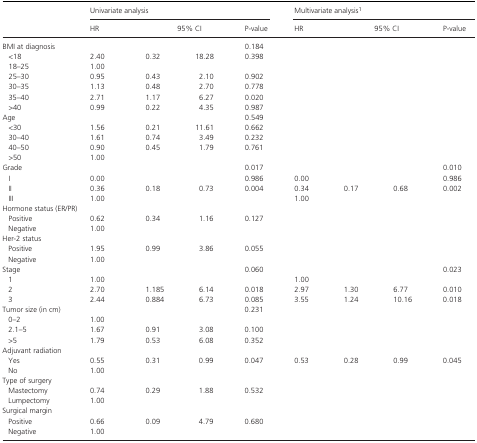
<table><thead><tr><td rowspan="2"></td><td colspan="4"><b>Univariate analysis</b></td><td colspan="4"><b>Multivariate analysisa</b></td></tr><tr><td><b>HR</b></td><td colspan="2"><b>95% CI</b></td><td><b>P‐value</b></td><td><b>HR</b></td><td colspan="2"><b>95% CI</b></td><td><b>P‐value</b></td></tr></thead><tbody><tr><td>BMI at diagnosis</td><td></td><td></td><td></td><td>0.184</td><td></td><td></td><td></td><td></td></tr><tr><td>&lt;18</td><td>2.40</td><td>0.32</td><td>18.28</td><td>0.398</td><td></td><td></td><td></td><td></td></tr><tr><td>18–25</td><td>1.00</td><td></td><td></td><td></td><td></td><td></td><td></td><td></td></tr><tr><td>25–30</td><td>0.95</td><td>0.43</td><td>2.10</td><td>0.902</td><td></td><td></td><td></td><td></td></tr><tr><td>30–35</td><td>1.13</td><td>0.48</td><td>2.70</td><td>0.778</td><td></td><td></td><td></td><td></td></tr><tr><td>35–40</td><td>2.71</td><td>1.17</td><td>6.27</td><td>0.020</td><td></td><td></td><td></td><td></td></tr><tr><td>&gt;40</td><td>0.99</td><td>0.22</td><td>4.35</td><td>0.987</td><td></td><td></td><td></td><td></td></tr><tr><td>Age</td><td></td><td></td><td></td><td>0.549</td><td></td><td></td><td></td><td></td></tr><tr><td>&lt;30</td><td>1.56</td><td>0.21</td><td>11.61</td><td>0.662</td><td></td><td></td><td></td><td></td></tr><tr><td>30–40</td><td>1.61</td><td>0.74</td><td>3.49</td><td>0.232</td><td></td><td></td><td></td><td></td></tr><tr><td>40–50</td><td>0.90</td><td>0.45</td><td>1.79</td><td>0.761</td><td></td><td></td><td></td><td></td></tr><tr><td>&gt;50</td><td>1.00</td><td></td><td></td><td></td><td></td><td></td><td></td><td></td></tr><tr><td>Grade</td><td></td><td></td><td></td><td>0.017</td><td></td><td></td><td></td><td>0.010</td></tr><tr><td>I</td><td>0.00</td><td></td><td></td><td>0.986</td><td>0.00</td><td></td><td></td><td>0.986</td></tr><tr><td>II</td><td>0.36</td><td>0.18</td><td>0.73</td><td>0.004</td><td>0.34</td><td>0.17</td><td>0.68</td><td>0.002</td></tr><tr><td>III</td><td>1.00</td><td></td><td></td><td></td><td>1.00</td><td></td><td></td><td></td></tr><tr><td colspan="9">Hormone status (ER/PR)</td></tr><tr><td>Positive</td><td>0.62</td><td>0.34</td><td>1.16</td><td>0.127</td><td></td><td></td><td></td><td></td></tr><tr><td>Negative</td><td>1.00</td><td></td><td></td><td></td><td></td><td></td><td></td><td></td></tr><tr><td colspan="9">Her‐2 status</td></tr><tr><td>Positive</td><td>1.95</td><td>0.99</td><td>3.86</td><td>0.055</td><td></td><td></td><td></td><td></td></tr><tr><td>Negative</td><td>1.00</td><td></td><td></td><td></td><td></td><td></td><td></td><td></td></tr><tr><td>Stage</td><td></td><td></td><td></td><td>0.060</td><td></td><td></td><td></td><td>0.023</td></tr><tr><td>1</td><td>1.00</td><td></td><td></td><td></td><td>1.00</td><td></td><td></td><td></td></tr><tr><td>2</td><td>2.70</td><td>1.185</td><td>6.14</td><td>0.018</td><td>2.97</td><td>1.30</td><td>6.77</td><td>0.010</td></tr><tr><td>3</td><td>2.44</td><td>0.884</td><td>6.73</td><td>0.085</td><td>3.55</td><td>1.24</td><td>10.16</td><td>0.018</td></tr><tr><td>Tumor size (in cm)</td><td></td><td></td><td></td><td>0.231</td><td></td><td></td><td></td><td></td></tr><tr><td>0–2</td><td>1.00</td><td></td><td></td><td></td><td></td><td></td><td></td><td></td></tr><tr><td>2.1–5</td><td>1.67</td><td>0.91</td><td>3.08</td><td>0.100</td><td></td><td></td><td></td><td></td></tr><tr><td>&gt;5</td><td>1.79</td><td>0.53</td><td>6.08</td><td>0.352</td><td></td><td></td><td></td><td></td></tr><tr><td colspan="9">Adjuvant radiation</td></tr><tr><td>Yes</td><td>0.55</td><td>0.31</td><td>0.99</td><td>0.047</td><td>0.53</td><td>0.28</td><td>0.99</td><td>0.045</td></tr><tr><td>No</td><td>1.00</td><td></td><td></td><td></td><td></td><td></td><td></td><td></td></tr><tr><td colspan="9">Type of surgery</td></tr><tr><td>Mastectomy</td><td>0.74</td><td>0.29</td><td>1.88</td><td>0.532</td><td></td><td></td><td></td><td></td></tr><tr><td>Lumpectomy</td><td>1.00</td><td></td><td></td><td></td><td></td><td></td><td></td><td></td></tr><tr><td colspan="9">Surgical margin</td></tr><tr><td>Positive</td><td>0.66</td><td>0.09</td><td>4.79</td><td>0.680</td><td></td><td></td><td></td><td></td></tr><tr><td>Negative</td><td>1.00</td><td></td><td></td><td></td><td></td><td></td><td></td><td></td></tr></tbody></table>